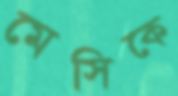
মেসিকে